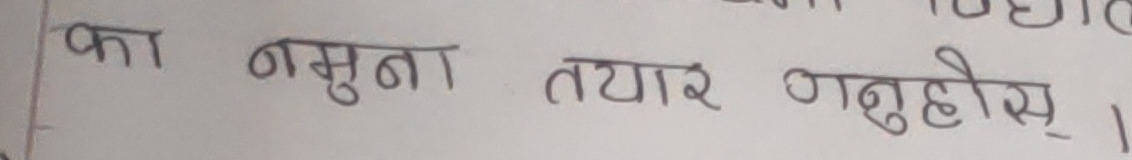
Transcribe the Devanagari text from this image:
का नमुना तयार गर्नुहोस ।